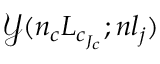
\mathcal { Y } ( n _ { c } L _ { c _ { J _ { c } } } ; n l _ { j } )